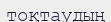
тоқтаудың